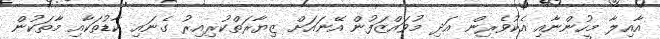
އާއިލާ މީހުންނާއި އެކުވެރިން އަދި މުވައްޒަފުން އޭނައަށް ޒިޔާރަތްކުރިއިރު ގެނައި ކާޑުތަކާއި މާތަކުން